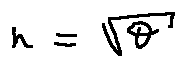
r = \sqrt { \theta }